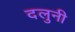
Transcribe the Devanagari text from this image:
दलुनी